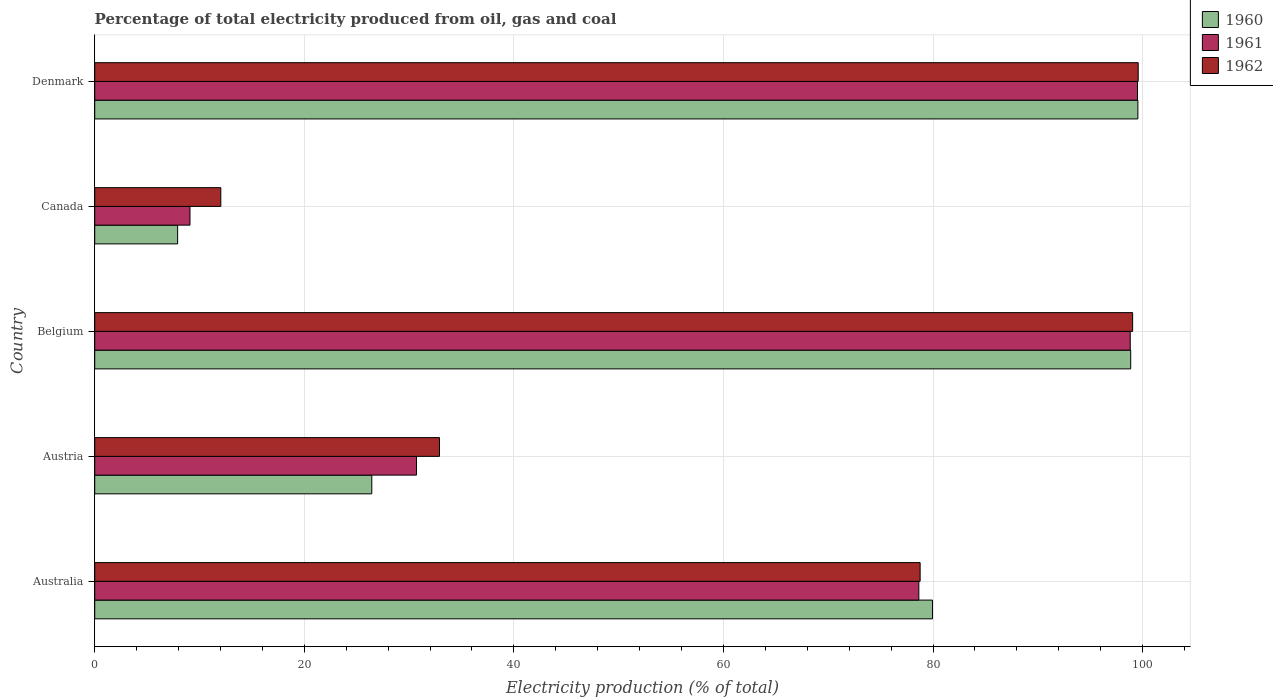
| Country | 1960 | 1961 | 1962 |
 | --- | --- | --- | --- |
 | Australia | 79.9 | 78.6 | 78.8 |
 | Austria | 26.4 | 30.7 | 32.9 |
 | Belgium | 98.9 | 98.8 | 99 |
 | Canada | 7.91 | 9.09 | 12 |
 | Denmark | 99.5 | 99.5 | 99.6 |